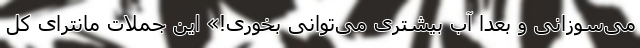
می‌سوزانی و بعداً آب بیشتری می‌توانی بخوری!» این جملات مانترای کل